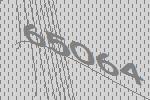
65064